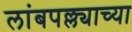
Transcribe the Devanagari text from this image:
लांबपल्ल्याच्या